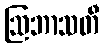
ဩဘာသတီ